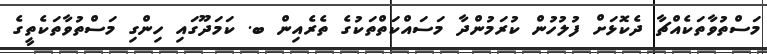
މަސްތުވާތަކެއްޗާ ދެކޮޅަށް ފުލުހުން ކުރަމުންދާ މަސައްކަތްތަކުގެ ތެރެއިން ބ. ކަމަދޫގައި ހިންގި މަސްތުވާތަކެތީގެ